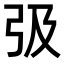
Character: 𢎽